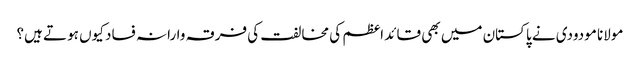
مولانا مودودی نے پاکستان میں بھی قائد اعظم کی مخالفت کی	فرقہ وارانہ فساد کیوں ہوتے ہیں؟